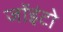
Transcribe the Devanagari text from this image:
जॉइंटो